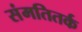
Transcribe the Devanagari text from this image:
संमतितर्क